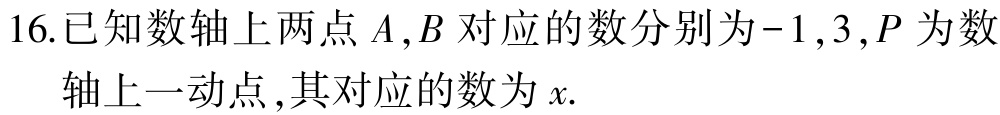
16.已知数轴上两点 \(A,B\) 对应的数分别为\(-1,3\),\(P\) 为数轴上一动点,其对应的数为 \(x\).